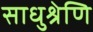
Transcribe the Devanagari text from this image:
साधुश्रेणि